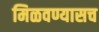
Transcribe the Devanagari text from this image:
मिळवण्यासच